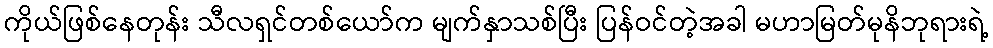
ကိုယ်ဖြစ်နေတုန်း သီလရှင်တစ်ယော်က မျက်နှာသစ်ပြီး ပြန်ဝင်တဲ့အခါ မဟာမြတ်မုနိဘုရားရဲ့